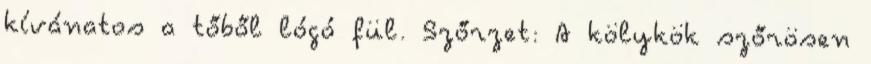
kívánatos a tőből lógó fül. Szőrzet: A kölykök szőrösen